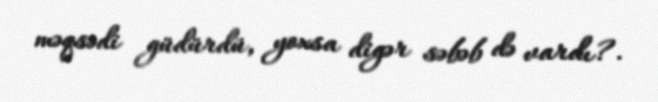
məqsədi güdürdü, yoxsa digər səbəb də vardı?.